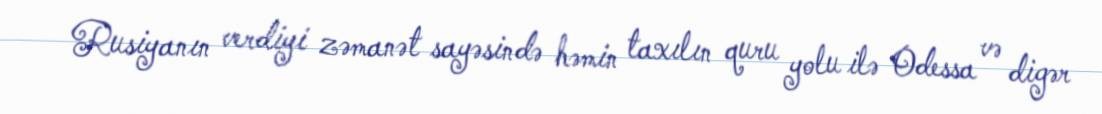
Rusiyanın verdiyi zəmanət sayəsində həmin taxılın quru yolu ilə Odessa və digər